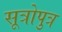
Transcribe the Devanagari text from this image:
सूत्रोपुत्र